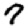
Digit: 7